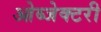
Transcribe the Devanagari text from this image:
ओब्जेक्टरी